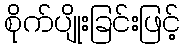
စိုက်ပျိုးခြင်းဖြင့်